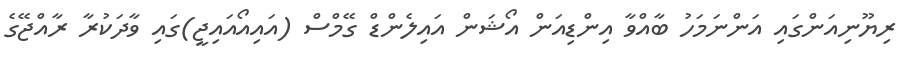
ރިޔޫނިއަންގައި އަންނަމަހު ބާއްވާ އިންޑިއަން އޯޝަން އައިލެންޑް ގޭމްސް (އައިއޯއައިޖީ)ގައި ވާދަކުރާ ރާއްޖޭގެ